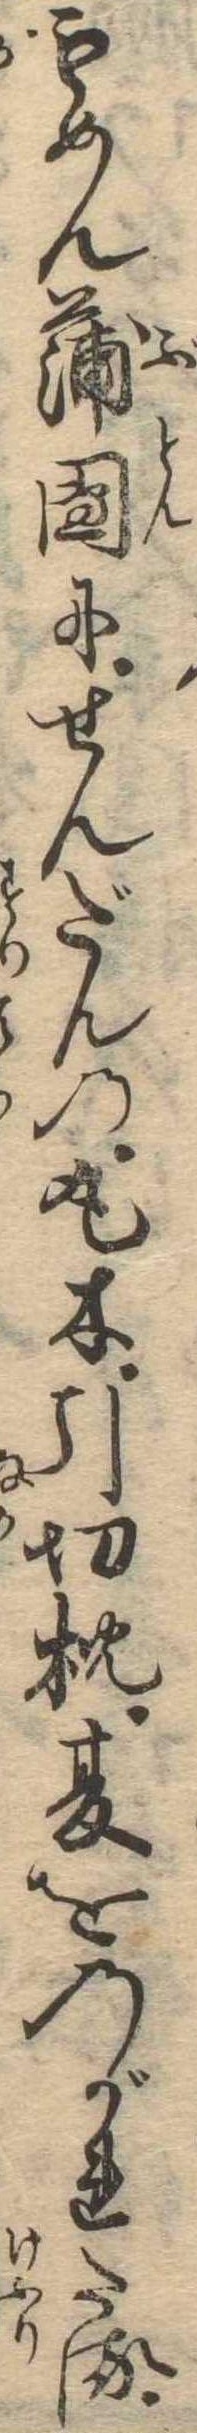
もめん蒲団にせんだんの丸木引切枕夏をのがれたる